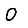
Digit: 0